65_HS1-834228961_62-HQ-83894_Section_8
Agency: FBI
Page 117
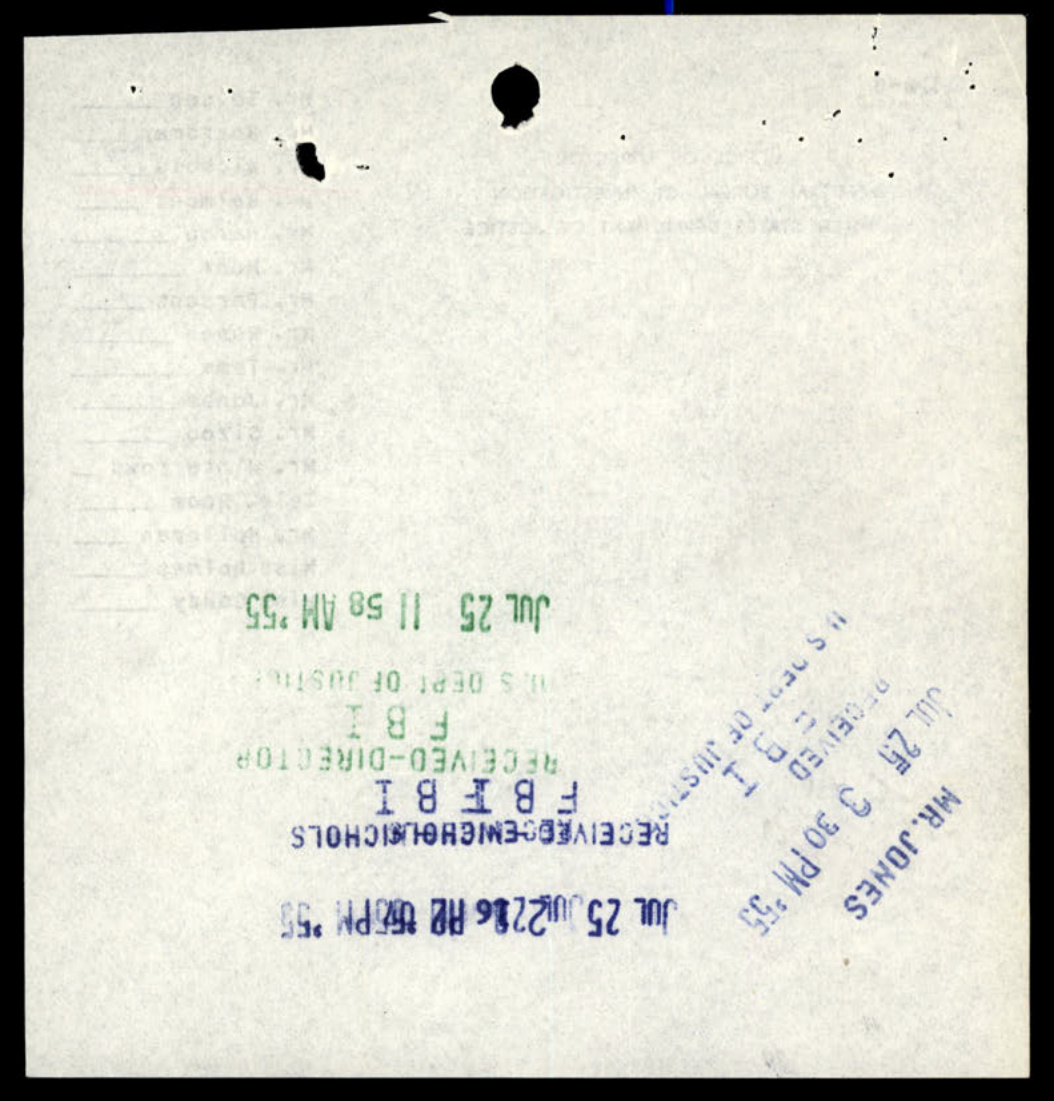